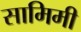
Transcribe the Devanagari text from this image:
सामिमी